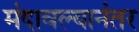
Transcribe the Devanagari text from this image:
मंदावल्यानंतर